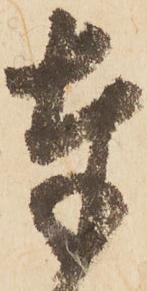
奉